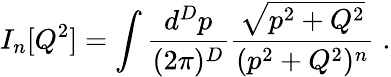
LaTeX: I_{n}[Q^{2}]=\int{\frac{d^{D}p}{(2\pi)^{D}}}{\frac{\sqrt{p^{2}+Q^{2}}}{(p^{2}+Q^{2})^{n}}}\; .